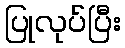
ပြုလုပ်ပြီး